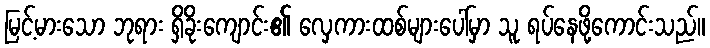
မြင့်မားသော ဘုရား ရှိခိုးကျောင်း၏ လှေကားထစ်များပေါ်မှာ သူ ရပ်နေဖို့ကောင်းသည်။